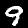
Digit: 9